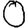
Digit: 0